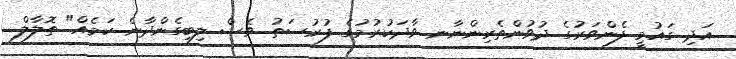
އަދި ގައުމީ ފެންވަރުގެ ދުވުންތެރިންނާނ ވާދަކުރުމުގެ ފުރުސަތު ވެސް ލިބިގެންދާނެ ކަމެއް" ތޮލާލް